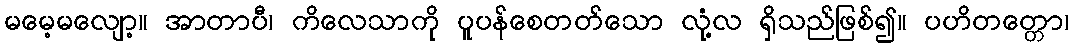
မမေ့မလျော့။ အာတာပီ၊ ကိလေသာကို ပူပန်စေတတ်သော လုံ့လ ရှိသည်ဖြစ်၍။ ပဟိတတ္တော၊